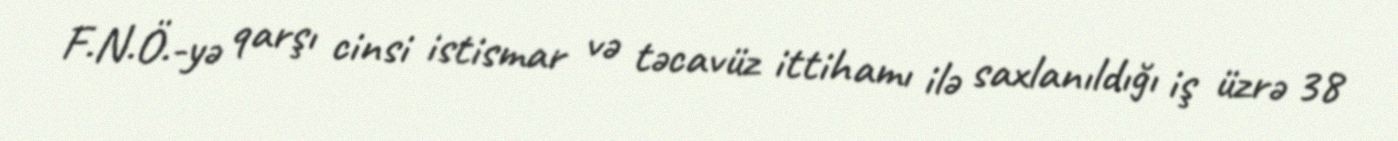
F.N.Ö.-yə qarşı cinsi istismar və təcavüz ittihamı ilə saxlanıldığı iş üzrə 38